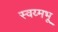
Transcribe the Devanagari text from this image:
स्वय्मभू